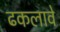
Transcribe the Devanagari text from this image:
ढकलावे